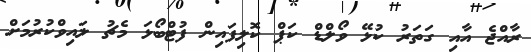
ރާއްޖެ އާއި ގަތަރު ކުޅޭ ވޯލްޑް ކަޕް ކޮލިފައިން ފުޓްބޯޅަ މެޗު ލައިވްކުރުމަށް